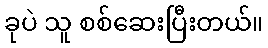
ခုပဲ သူ စစ်ဆေးပြီးတယ်။